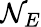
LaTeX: \mathcal{N}_{E}